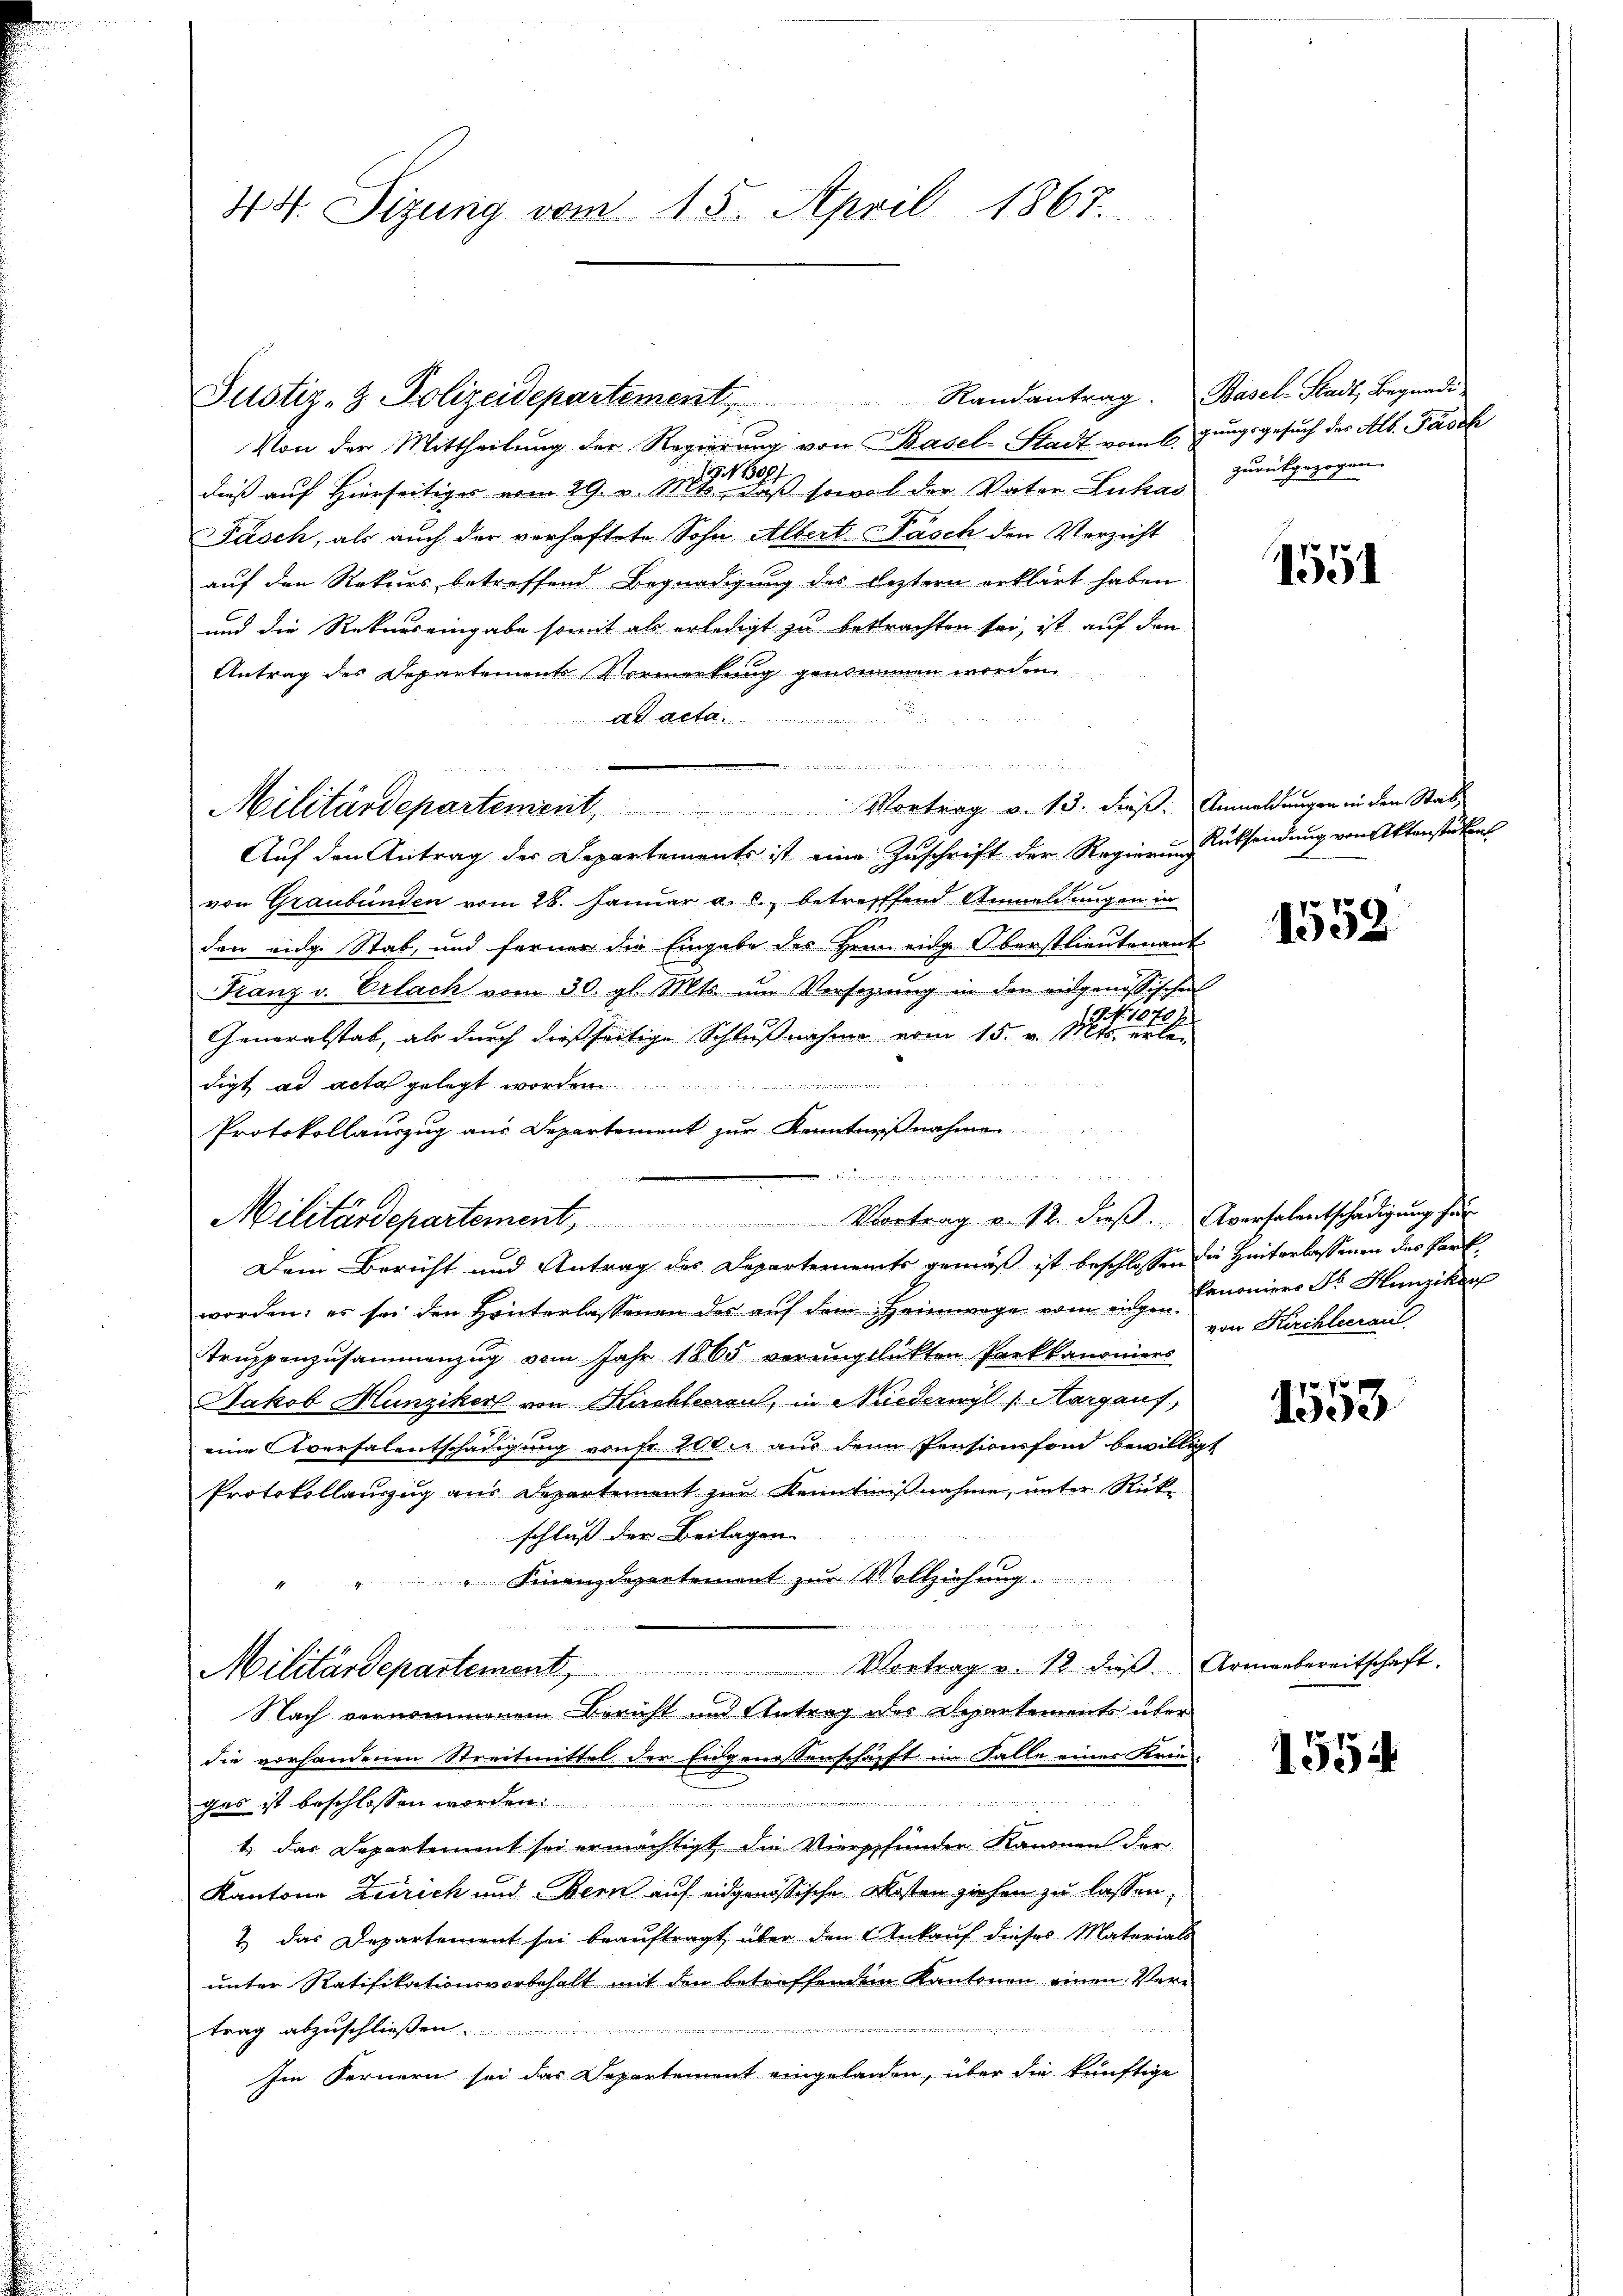
44. Sizung vom 15. April 1867.

Von der Mittheilung der Regierung von Basel-Stadt vom 6. Jungsgesuch des Alb. Passh
dieß auf Hierseitiges vom 29. v. 1881 aus sowol der Vater Lukas zurückgezogen.
Fasch, als auch der vorhaftete Sohn Albert Pasch den Verzicht
auf den Rekurs betreffend Begnadigung des leztern erklärt haben
und die Rekurs eingabe somit als erledigt zu betrachten sei, ist auf den
Antrag des Departements Vormerkung genommen worden
ad acta

und
Militärdepartement, Vortrag v. 13. dieß. Anmeldungen in den Stad
Auf den Antrag der Departements ist eine Zuschrift der Regierung Rücksendung von Aktenstückens
von Graubünden vom 28. Januar a. c., betreffend Anmeldungen in
den einge Stab, und ferner die Eingabe des Heimenge Oberstlieutenant
Franz v. Erlach vom 30. gl. Mts. um Versetzung in den eidgenössischen
NNo. 1870/
Generalstab, als durch dießseitige Schlußnahme vom 15. v. Mts. erlenete es er der den einigung in
digt ad acta gelegt wor
Protokollauszug aus Departement zur Kenntnißnahme
. pr. Sie seinen und
Militärdepartement, Vortrag v. 12. dieβ. Aversalentschädigŭng für
Dem Bericht und Antrag des Departements gemäß ist beschlossen die Hinterlassenen des Partworden; er sei den Hinterlassenen der aŭf dem Heimwage vom eine Canoniers Dr. Hunziker
Truppenzusammenzug vom Jahr 1865 verunglükten Parkkanoniers
Jakob Hunziker von Kuchleraus, in Niederwyl (Aargauf,
eine Aversalentschädigung von fr 200. aus den Pensionsfond bewilligt
Protokollauszug aus Departement zur Kenntnißnahme, unter Rück-
schluß der Beilagen
" Finanzdepartement zur Vollziehung ........
de Anlegens zu eine Beri
Militärdepartement, Vortrag v. 12. dieβ. Armenbereitschaft.
Nach vernommenem Bericht und Antrag des Departements über
die vorhandenen Streitmittel der Eidgenossenschafft im Falle eines Kren-

gas ist beschlossen worden.
1. das Departement sei ermächtigt die Vierppfunder Kanonen der
Kantone Zürich und Bern auf eidgenössische Kosten ziehen zu lassen,
& das Departement sei beauftragt über den Ankauf dieses Materials
unter Ratifikationsvorbehalt mit den betreffendem Kantonen einen Vertrag abzuschließen.
Im Fernern sei das Departement eingelanden, über die künftige

Justiz- & Polizeidepartement Randantrag. Basel-Stadt, Begnade

Es

1551

1558

von Kirchleerau

1553

1554